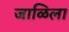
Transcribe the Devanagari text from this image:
जाळिला